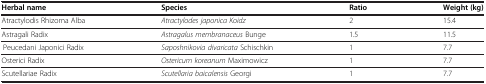
<table><thead><tr><td><b>Herbal name</b></td><td><b>Species</b></td><td><b>Ratio</b></td><td><b>Weight (kg)</b></td></tr></thead><tbody><tr><td>Atractylodis Rhizoma Alba</td><td><i>Atractylodes japonica Koidz</i></td><td>2</td><td>15.4</td></tr><tr><td>Astragali Radix</td><td><i>Astragalus membranaceus</i> Bunge</td><td>1.5</td><td>11.5</td></tr><tr><td>Peucedani Japonici Radix</td><td><i>Saposhnikovia divaricata</i> Schischkin</td><td>1</td><td>7.7</td></tr><tr><td>Osterici Radix</td><td><i>Ostericum koreanum</i> Maximowicz</td><td>1</td><td>7.7</td></tr><tr><td>Scutellariae Radix</td><td><i>Scutellaria baicalensis</i> Georgi</td><td>1</td><td>7.7</td></tr></tbody></table>